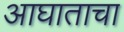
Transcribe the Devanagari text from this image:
आघाताचा